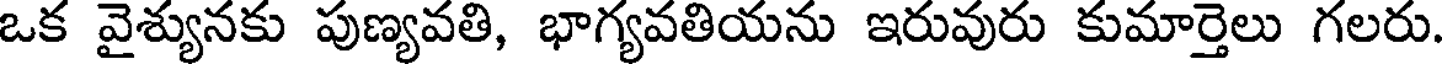
ఒక వైశ్యునకు పుణ్యవతి, భాగ్యవతియను ఇరువురు కుమార్తెలు గలరు.